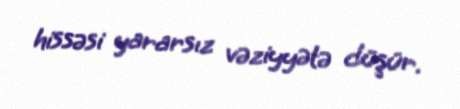
hissəsi yararsız vəziyyətə düşür.